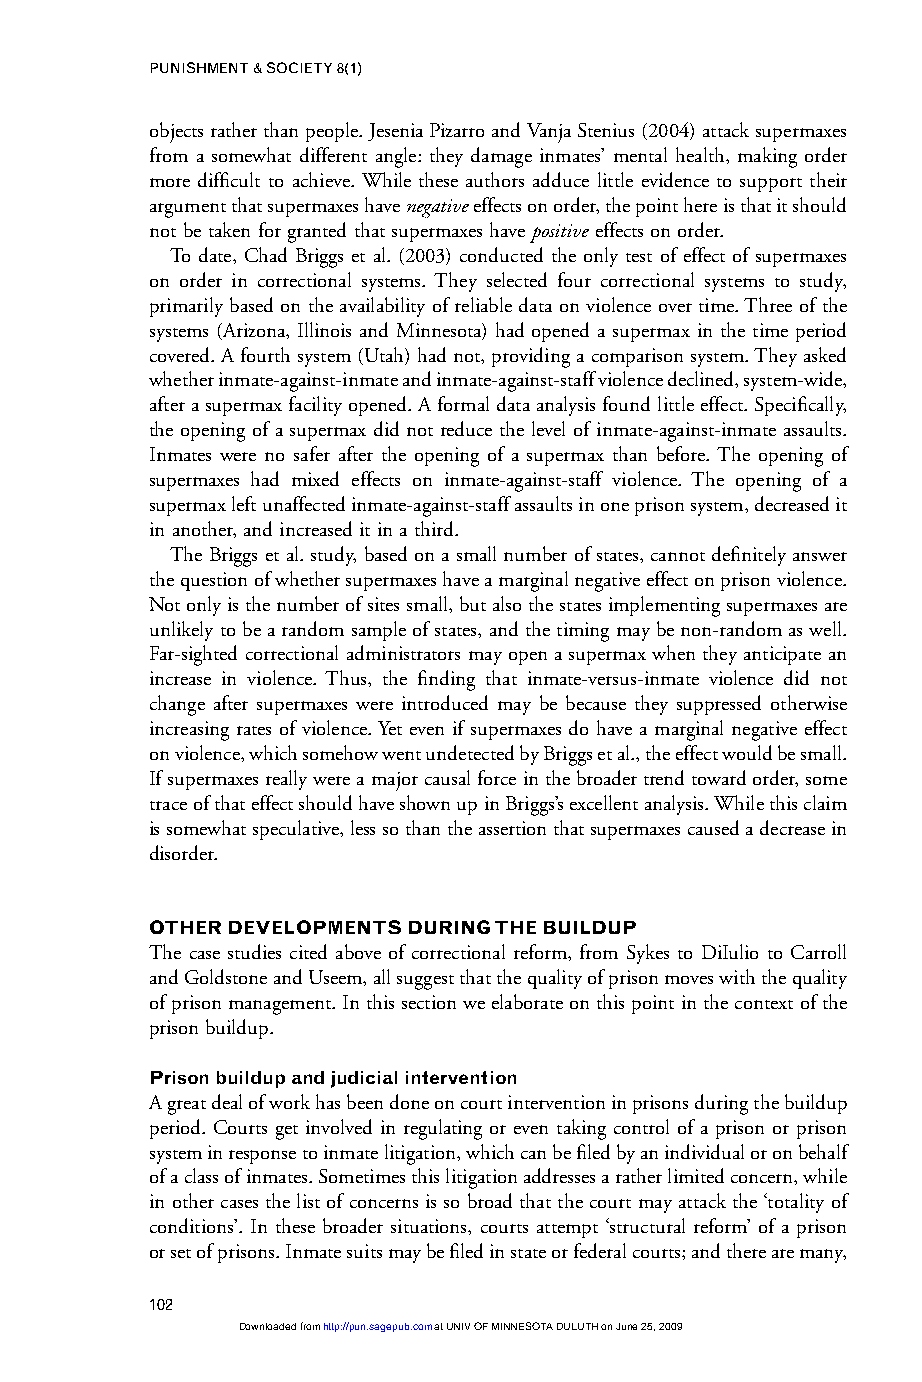
PUNISHMENT & SOCIETY 8(1)
 objects rather than people. Jesenia Pizarro and Vanja Stenius (2004) attack supermaxes
 from a somewhat different angle: they damage inmates’ mental health, making order
 more difficult to achieve. While these authors adduce little evidence to support their
 argument that supermaxes have negativeeffects on order, the point here is that it should
 not be taken for granted that supermaxes have positiveeffects on order.
 To date, Chad Briggs et al. (2003) conducted the only test of effect of supermaxes
 on order in correctional systems. They selected four correctional systems to study,
 primarily based on the availability of reliable data on violence over time. Three of the
 systems (Arizona, Illinois and Minnesota) had opened a supermax in the time period
 covered. A fourth system (Utah) had not, providing a comparison system. They asked
 whether inmate-against-inmate and inmate-against-staff violence declined, system-wide,
 after a supermax facility opened. A formal data analysis found little effect. Specifically,
 the opening of a supermax did not reduce the level of inmate-against-inmate assaults.
 Inmates were no safer after the opening of a supermax than before. The opening of
 supermaxes had mixed effects on inmate-against-staff violence. The opening of a
 supermax left unaffected inmate-against-staff assaults in one prison system, decreased it
 in another, and increased it in a third.
 The Briggs et al. study, based on a small number of states, cannot definitely answer
 the question of whether supermaxes have a marginal negative effect on prison violence.
 Not only is the number of sites small, but also the states implementing supermaxes are
 unlikely to be a random sample of states, and the timing may be non-random as well.
 Far-sighted correctional administrators may open a supermax when they anticipate an
 increase in violence. Thus, the finding that inmate-versus-inmate violence did not
 change after supermaxes were introduced may be because they suppressed otherwise
 increasing rates of violence. Yet even if supermaxes do have a marginal negative effect
 on violence, which somehow went undetected by Briggs et al., the effect would be small.
 If supermaxes really were a major causal force in the broader trend toward order, some
 trace of that effect should have shown up in Briggs’s excellent analysis. While this claim
 is somewhat speculative, less so than the assertion that supermaxes caused a decrease in
 disorder.
 OTHER DEVELOPMENTS DURING THE BUILDUP
 The case studies cited above of correctional reform, from Sykes to DiIulio to Carroll
 and Goldstone and Useem, all suggest that the quality of prison moves with the quality
 of prison management. In this section we elaborate on this point in the context of the
 prison buildup.
 Prison buildup and judicial intervention
 A great deal of work has been done on court intervention in prisons during the buildup
 period. Courts get involved in regulating or even taking control of a prison or prison
 system in response to inmate litigation, which can be filed by an individual or on behalf
 of a class of inmates. Sometimes this litigation addresses a rather limited concern, while
 in other cases the list of concerns is so broad that the court may attack the ‘totality of
 conditions’. In these broader situations, courts attempt ‘structural reform’ of a prison
 or set of prisons. Inmate suits may be filed in state or federal courts; and there are many,
 102
 Downloaded from http://pun.sagepub.com at UNIV OF MINNESOTA DULUTH on June 25, 2009